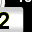
Digit: 2